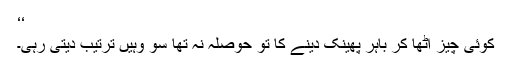
‘‘
کوئی چیز اٹھا کر باہر پھینک دینے کا تو حوصلہ نہ تھا سو وہیں ترتیب دیتی رہی۔